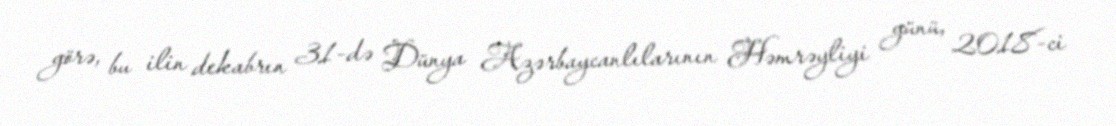
görə, bu ilin dekabrın 31-də Dünya Azərbaycanlılarının Həmrəyliyi günü, 2018-ci